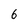
Character: 6